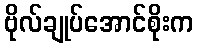
ဗိုလ်ချုပ်အောင်စိုးက